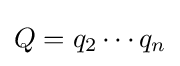
Q=q_{2}\cdots q_{n}